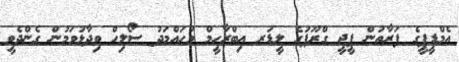
އެމްޑީޕީގެ ފަރާތުން ޕީޖީ ގްރޫޕުގެ ލީޑަރ އިބްރާހީމް މުހައްމަދު ސޯލިހް ވިދާޅުވަމުން ގެންދެވީ